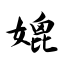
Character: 媲